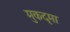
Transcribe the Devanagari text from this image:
मुकदृमा